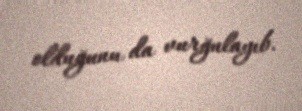
olduğunu da vurğulayıb.